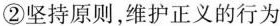
②坚持原则，维护正义的行为